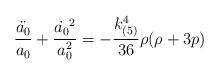
LaTeX: \begin{align*}\frac{\ddot{a_0}}{a_0}+\frac{\dot{a_0}^2}{a_0^2}=-\frac{k^4_{(5)}}{36}\rho(\rho+3p)\end{align*}